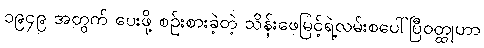
၁၉၄၉ အတွက် ပေးဖို့ စဉ်းစားခဲ့တဲ့ သိန်းဖေမြင့်ရဲ့လမ်းစပေါ်ပြီဝတ္ထုဟာ